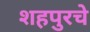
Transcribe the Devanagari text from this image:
शहपुरचे